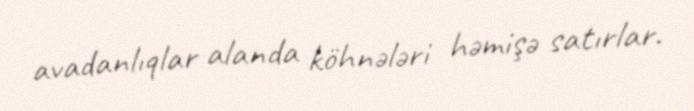
avadanlıqlar alanda köhnələri həmişə satırlar.